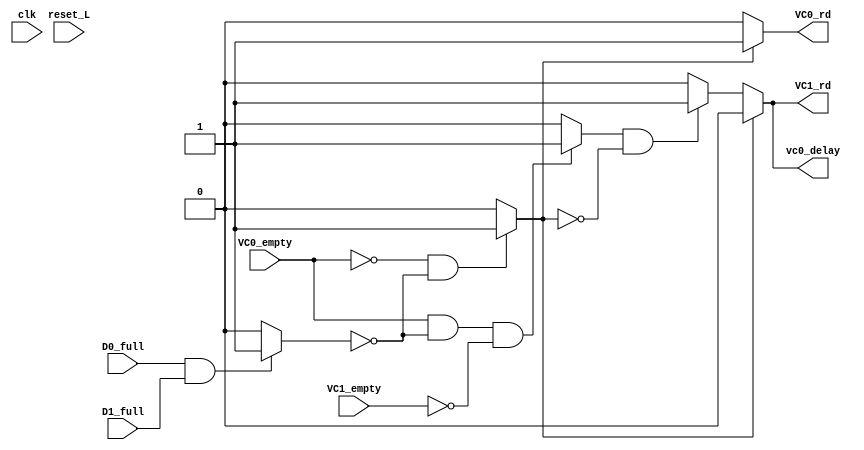
module pop_delay_vc0(
    input clk,
    input reset_L,
    input D0_full,
    input D1_full,
    input VC0_empty,
    input VC1_empty,
    output reg vc0_delay,
    output reg VC0_rd,
    output reg VC1_rd
);

    reg and_d0d1;
    reg and_vc0_0;
    reg and_vc0_1;
    reg vc0_delay_recordar;
    reg VC0_rd_recordar;
    reg VC1_rd_recordar;
    reg vc0_delay_clk; // para retardar 1 ciclo el selector
    
    // and de d0 y d1
    always @(*) begin
        if (D0_full && D1_full) begin
            and_d0d1 = 1;
        end else begin
            and_d0d1 = 0;
        end
    end

    // and final 0
    always @(*) begin
        if (!(VC0_empty) && !(and_d0d1)) begin
            and_vc0_0 = 1;
        end else begin
            and_vc0_0 = 0;
        end
    end

    // and final 1
    always @(*) begin
        if (VC0_empty && !(and_d0d1) && !(VC1_empty)) begin
            and_vc0_1 = 1;
        end else begin
            and_vc0_1 = 0;
        end
    end

    // pop delay
    always @(*) begin
        if (and_vc0_0 == 1) begin
            vc0_delay = 0;
            VC0_rd = 1;
            VC1_rd = 0;
        end 
        else if (and_vc0_1 && !(and_vc0_0)) begin
            vc0_delay = 1;
            VC0_rd = 0;
            VC1_rd = 1;
        end else begin
            vc0_delay = 0;
            VC0_rd = 0;
            VC1_rd = 0;
        end
    end


    
/*
    // cambiar VC0/VC1_rd a reg

    // pop delay
    always @(*) begin
        if (and_vc0_0 == 1) begin
            vc0_delay_recordar = 0;
            VC0_rd_recordar = 1;
            VC1_rd_recordar = 0;
        end 
        else if (and_vc0_1 && !(and_vc0_0)) begin
            vc0_delay_recordar = 1;
            VC0_rd_recordar = 0;
            VC1_rd_recordar = 1;
        end else begin
            vc0_delay_recordar = 0;
            VC0_rd_recordar = 0;
            VC1_rd_recordar = 0;
        end
    end

    // pop delay flop
    always @(posedge clk) begin
        if (reset_L == 1) begin
            if (and_vc0_0 == 1) begin
                vc0_delay <= vc0_delay_recordar;
                VC0_rd <= VC0_rd_recordar;
                VC1_rd <= VC1_rd_recordar;
            end 
            else if (and_vc0_1 && !(and_vc0_0)) begin
                vc0_delay <= vc0_delay_recordar;
                VC0_rd <= VC0_rd_recordar;
                VC1_rd <= VC1_rd_recordar;
            end else begin
                vc0_delay <= 0;
                VC0_rd <= 0;
                VC1_rd <= 0;
            end
        end else begin
            vc0_delay <= 0;
            VC0_rd <= 0;
            VC1_rd <= 0;
        end
    end
*/


endmodule